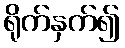
ရိုက်နှက်၍